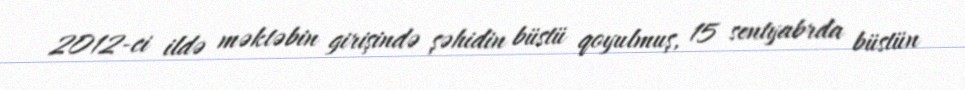
2012-ci ildə məktəbin girişində şəhidin büstü qoyulmuş, 15 sentyabrda büstün